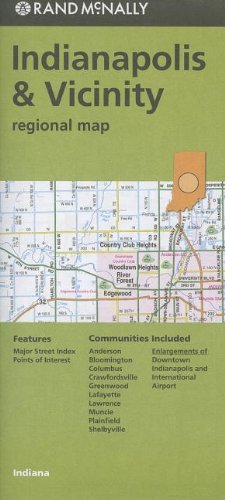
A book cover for Rand Mcnally Folded Map: Indianapolis and Vicinity Regional Map; Rand McNally; Travel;